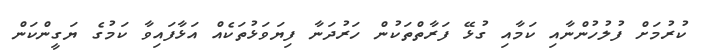
ކުރުމަށް ފުލުހުންނާއި ކަމާއި ގުޅޭ ފަރާތްތަކުން ހަރުދަނާ ފިޔަވަޅުތަކެއް އަޅާފައިވާ ކަމުގެ ޔަގީންކަން